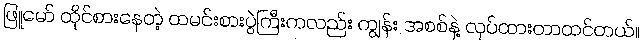
ဖြူမော် ထိုင်စားနေတဲ့ ထမင်းစားပွဲကြီးကလည်း ကျွန်း အစစ်နဲ့ လုပ်ထားတာထင်တယ်။